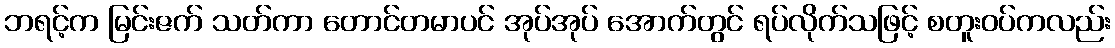
ဘရင့်က မြင်းဇက် သတ်ကာ တောင်တမာပင် အုပ်အုပ် အောက်တွင် ရပ်လိုက်သဖြင့် စတူးဝပ်ကလည်း